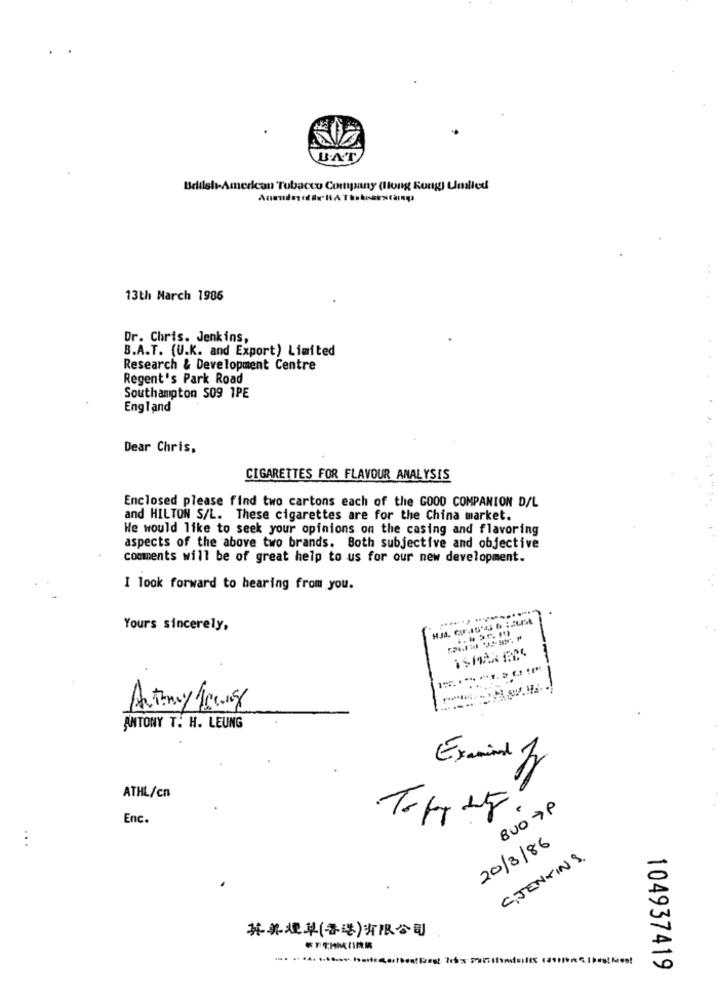
BAT
Brille
can Tobacco Company (Hong Kong) Umalled
13th March 1986
Dr. Chris. Jenkins,
B.A.T. (U.K. and Export) Limited
Research & Development Centre
Regent's Park Road
Southampton 509 1PE
England
Dear Chris,
CIGARETTES FOR FLAVOUR ANALYSIS
Enclosed please find two cartons each of the GOOD COMPANION D/L
and HILTON S/L. These cigarettes are for the China market.
He would like to seek your opinions on the casing and flavoring
aspects of the above two brands. Both subjective and objective
comments will be of great help to us for our new development.
I look forward to hearing from you.
....... .........
Yours sincerely,
Artina/150g
ANTONY T. H. LEUNG
Examined 1
ATHL/cn
800 7P
Enc.
..
20/3/86
C. JENKINS.
其美煙草(香港)有限公司
... ..... ........ ....
104937419